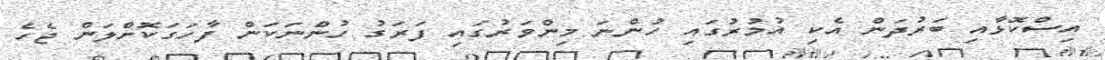
އިސްކޮޅާއި ބަރުދަން އެކި އުމުރުގައި ހުންނަ މިންވަރުގައި ފަރަގު ހުންނަކަން ފާހަގަކޮށްލަން ޖެހެ